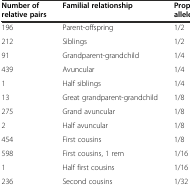
<table><thead><tr><td><b>Number of relative pairs</b></td><td><b>Familial relationship</b></td><td><b>Proportion of alleles shared IBD</b></td></tr></thead><tbody><tr><td>196</td><td>Parent-offspring</td><td>1/2</td></tr><tr><td>212</td><td>Siblings</td><td>1/2</td></tr><tr><td>91</td><td>Grandparent-grandchild</td><td>1/4</td></tr><tr><td>439</td><td>Avuncular</td><td>1/4</td></tr><tr><td>1</td><td>Half siblings</td><td>1/4</td></tr><tr><td>13</td><td>Great grandparent-grandchild</td><td>1/8</td></tr><tr><td>275</td><td>Grand avuncular</td><td>1/8</td></tr><tr><td>2</td><td>Half avuncular</td><td>1/8</td></tr><tr><td>454</td><td>First cousins</td><td>1/8</td></tr><tr><td>598</td><td>First cousins, 1 rem</td><td>1/16</td></tr><tr><td>1</td><td>Half first cousins</td><td>1/16</td></tr><tr><td>236</td><td>Second cousins</td><td>1/32</td></tr></tbody></table>